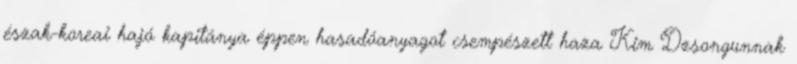
észak-koreai hajó kapitánya éppen hasadóanyagot csempészett haza Kim Dzsongunnak